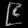
Digit: ၉